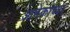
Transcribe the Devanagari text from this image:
आनेकांच्या